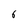
Character: 6